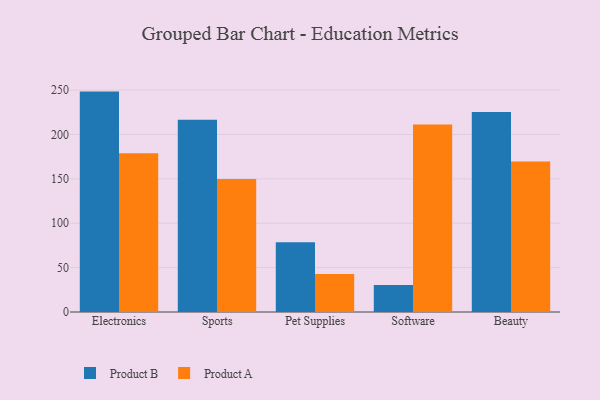
{"axis": {"x": "Category", "y": "Bounce Rate (%)"}, "legend": ["Product A", "Product B"], "data": [{"x": "Electronics", "y": 248.3, "type": "Product B"}, {"x": "Electronics", "y": 178.8, "type": "Product A"}, {"x": "Sports", "y": 216.5, "type": "Product B"}, {"x": "Sports", "y": 149.8, "type": "Product A"}, {"x": "Pet Supplies", "y": 78.7, "type": "Product B"}, {"x": "Pet Supplies", "y": 42.8, "type": "Product A"}, {"x": "Software", "y": 30.5, "type": "Product B"}, {"x": "Software", "y": 211.3, "type": "Product A"}, {"x": "Beauty", "y": 225.4, "type": "Product B"}, {"x": "Beauty", "y": 169.6, "type": "Product A"}]}